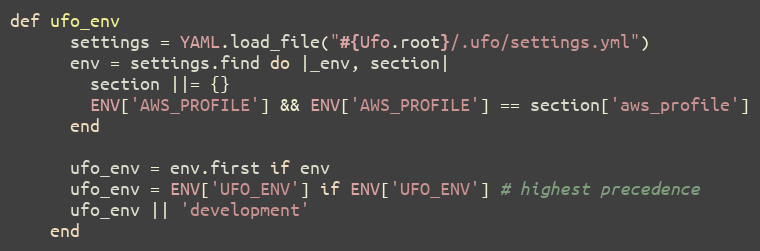
Language: Ruby
def ufo_env
      settings = YAML.load_file("#{Ufo.root}/.ufo/settings.yml")
      env = settings.find do |_env, section|
        section ||= {}
        ENV['AWS_PROFILE'] && ENV['AWS_PROFILE'] == section['aws_profile']
      end

      ufo_env = env.first if env
      ufo_env = ENV['UFO_ENV'] if ENV['UFO_ENV'] # highest precedence
      ufo_env || 'development'
    end